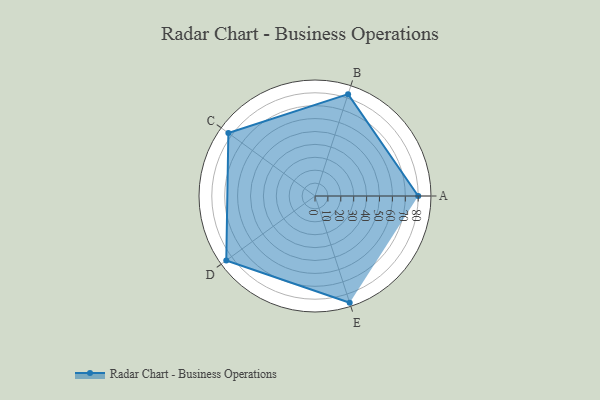
{"axis": {"x": "Skill", "y": "Score"}, "legend": ["Profile"], "data": [{"x": "A", "y": 80.0, "type": "Profile"}, {"x": "B", "y": 83.0, "type": "Profile"}, {"x": "C", "y": 83.0, "type": "Profile"}, {"x": "D", "y": 85.0, "type": "Profile"}, {"x": "E", "y": 87.0, "type": "Profile"}]}